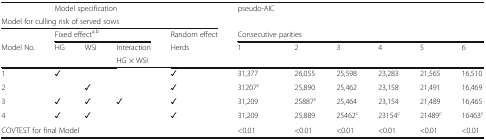
<table><thead><tr><td></td><td colspan="4"><b>Model specification</b></td><td><b>pseudo-AIC</b></td><td></td><td></td><td></td><td></td><td></td></tr><tr><td colspan="5"><b>Model for culling risk of served sows</b></td><td></td><td></td><td></td><td></td><td></td><td></td></tr><tr><td></td><td colspan="3"><b>Fixed effect<sup>a,b</sup></b></td><td><b>Random effect</b></td><td colspan="6"><b>Consecutive parities</b></td></tr><tr><td><b>Model No.</b></td><td><b>HG</b></td><td><b>WSI</b></td><td><b>Interaction</b></td><td rowspan="2"><b>Herds</b></td><td rowspan="2"><b>1</b></td><td rowspan="2"><b>2</b></td><td rowspan="2"><b>3</b></td><td rowspan="2"><b>4</b></td><td rowspan="2"><b>5</b></td><td rowspan="2"><b>6</b></td></tr><tr><td></td><td></td><td></td><td><b>HG × WSI</b></td></tr></thead><tbody><tr><td>1</td><td>✓</td><td></td><td></td><td>✓</td><td>31,377</td><td>26,055</td><td>25,598</td><td>23,283</td><td>21,565</td><td>16,510</td></tr><tr><td>2</td><td></td><td>✓</td><td></td><td>✓</td><td>31207<sup>c</sup></td><td>25,890</td><td>25,462</td><td>23,158</td><td>21,491</td><td>16,469</td></tr><tr><td>3</td><td>✓</td><td>✓</td><td>✓</td><td>✓</td><td>31,209</td><td>25887<sup>c</sup></td><td>25,464</td><td>23,154</td><td>21,489</td><td>16,465</td></tr><tr><td>4</td><td>✓</td><td>✓</td><td></td><td>✓</td><td>31,209</td><td>25,889</td><td>25462<sup>c</sup></td><td>23154<sup>c</sup></td><td>21489<sup>c</sup></td><td>16463<sup>c</sup></td></tr><tr><td colspan="4">COVTEST for final Model</td><td></td><td>&lt;0.01</td><td>&lt;0.01</td><td>&lt;0.01</td><td>&lt;0.01</td><td>&lt;0.01</td><td>&lt;0.01</td></tr></tbody></table>